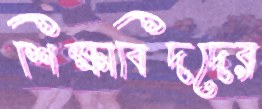
শিক্ষাবিদদের